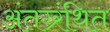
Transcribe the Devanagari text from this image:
अंतग्र्रंथित